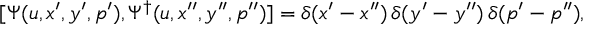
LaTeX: [ { \mit \Psi } ( u , x ^ { \prime } , y ^ { \prime } , p ^ { \prime } ) , { \mit \Psi } ^ { \dagger } ( u , x ^ { \prime \prime } , y ^ { \prime \prime } , p ^ { \prime \prime } ) ] = \delta ( x ^ { \prime } - x ^ { \prime \prime } ) \, \delta ( y ^ { \prime } - y ^ { \prime \prime } ) \, \delta ( p ^ { \prime } - p ^ { \prime \prime } ) ,